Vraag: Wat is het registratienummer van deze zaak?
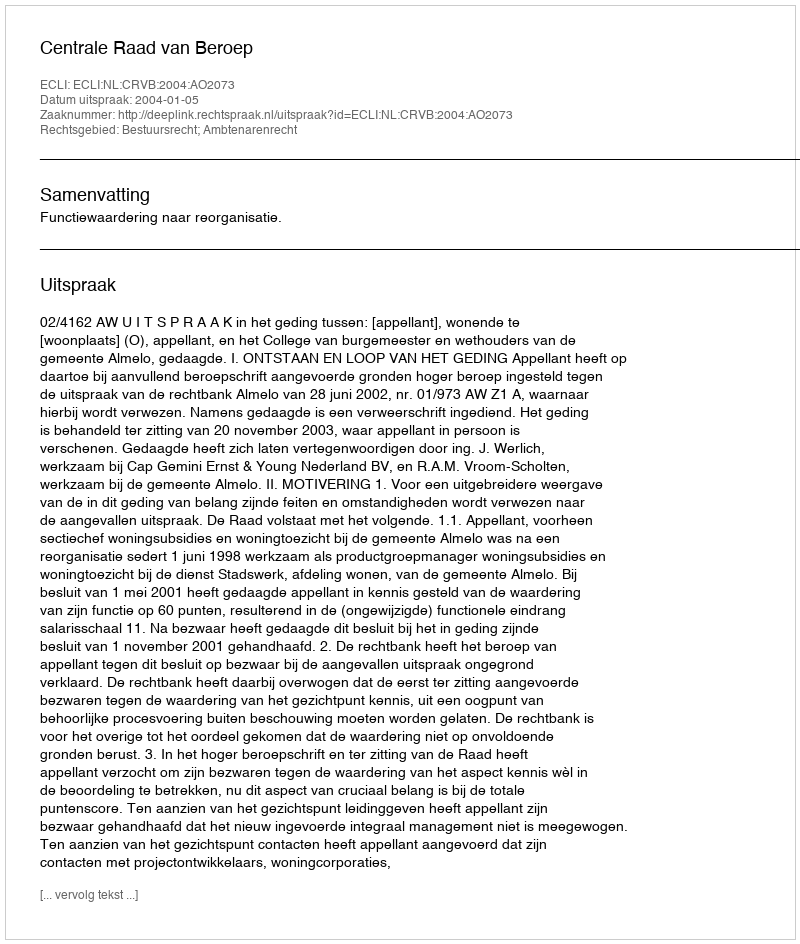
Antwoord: http://deeplink.rechtspraak.nl/uitspraak?id=ECLI:NL:CRVB:2004:AO2073